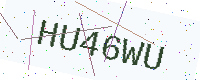
Text: HU46WU